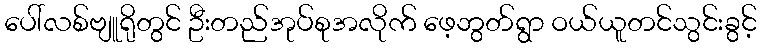
ပေါ်လစ်ဗျူရိုတွင် ဦးတည်အုပ်စုအလိုက် ဖေ့ဘွတ်ရွာ ဝယ်ယူတင်သွင်းခွင့်